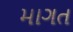
માગત